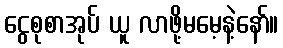
ငွေစုစာအုပ် ယူ လာဖို့မမေ့နဲ့နော်။